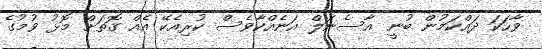
ވާހަކަ ދައްކަމުން ބުނީ އާސެނަލް އަނެއްކާވެސް ކުރިއެކޭ އެއް ގޮތަށް މޮޅު ވުމުގެ